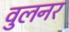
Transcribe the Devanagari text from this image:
वुलनर